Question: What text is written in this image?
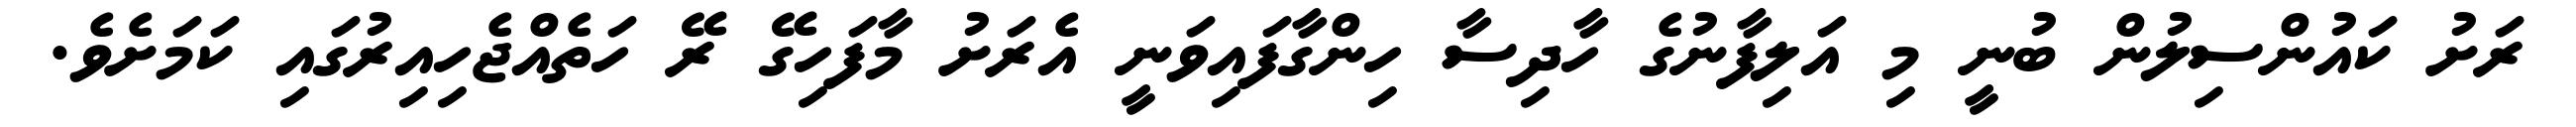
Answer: ރަށު ކައުންސިލުން ބުނީ މި އަލިފާނުގެ ހާދިސާ ހިންގާފައިވަނީ އެރަށު މާފަހިގޭ ރޭ ހަތެއްޖެހިއިރުގައި ކަމަށެވެ.